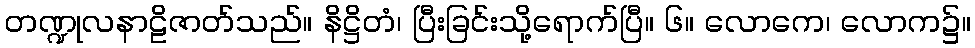
တဏ္ဍုလနာဠိဇာတ်သည်။ နိဋ္ဌိတံ၊ ပြီးခြင်းသို့ရောက်ပြီ။ ၆။ လောကေ၊ လောက၌။